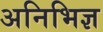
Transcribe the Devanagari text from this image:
अनिभिज्ञ